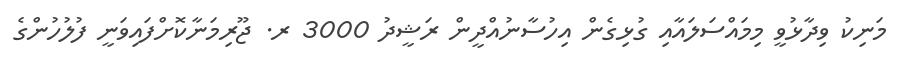
މަނިކު ވިދާޅުވީ މިމައްސަލައާއި ގުޅިގެން އިހުސާނުއްދީން ރަޝީދު 3000 ރ. ޖޫރިމަނާކޮށްފައިވަނީ ފުލުހުންގެ